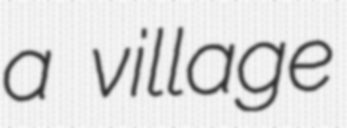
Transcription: a village